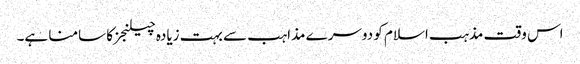
اس وقت مذہب اسلام کو دوسرے مذاہب سے بہت زیادہ چیلنجزکا سامنا ہے۔